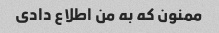
ممنون که به من اطلاع دادی